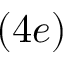
( 4 e )